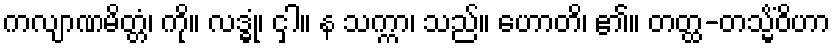
ကလျာဏမိတ္တံ၊ ကို။ လဒ္ဓုံ၊ ငှါ။ န သက္ကာ၊ သည်။ ဟောတိ၊ ၏။ တတ္ထ-တသ္မိံဝိဟာ